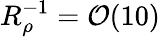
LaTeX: R_{\rho}^{-1}=\mathcal{O}(10)